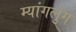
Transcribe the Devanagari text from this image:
म्यांगलुंग